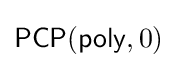
{\mathsf {PCP}}({\mathsf {poly}},0)